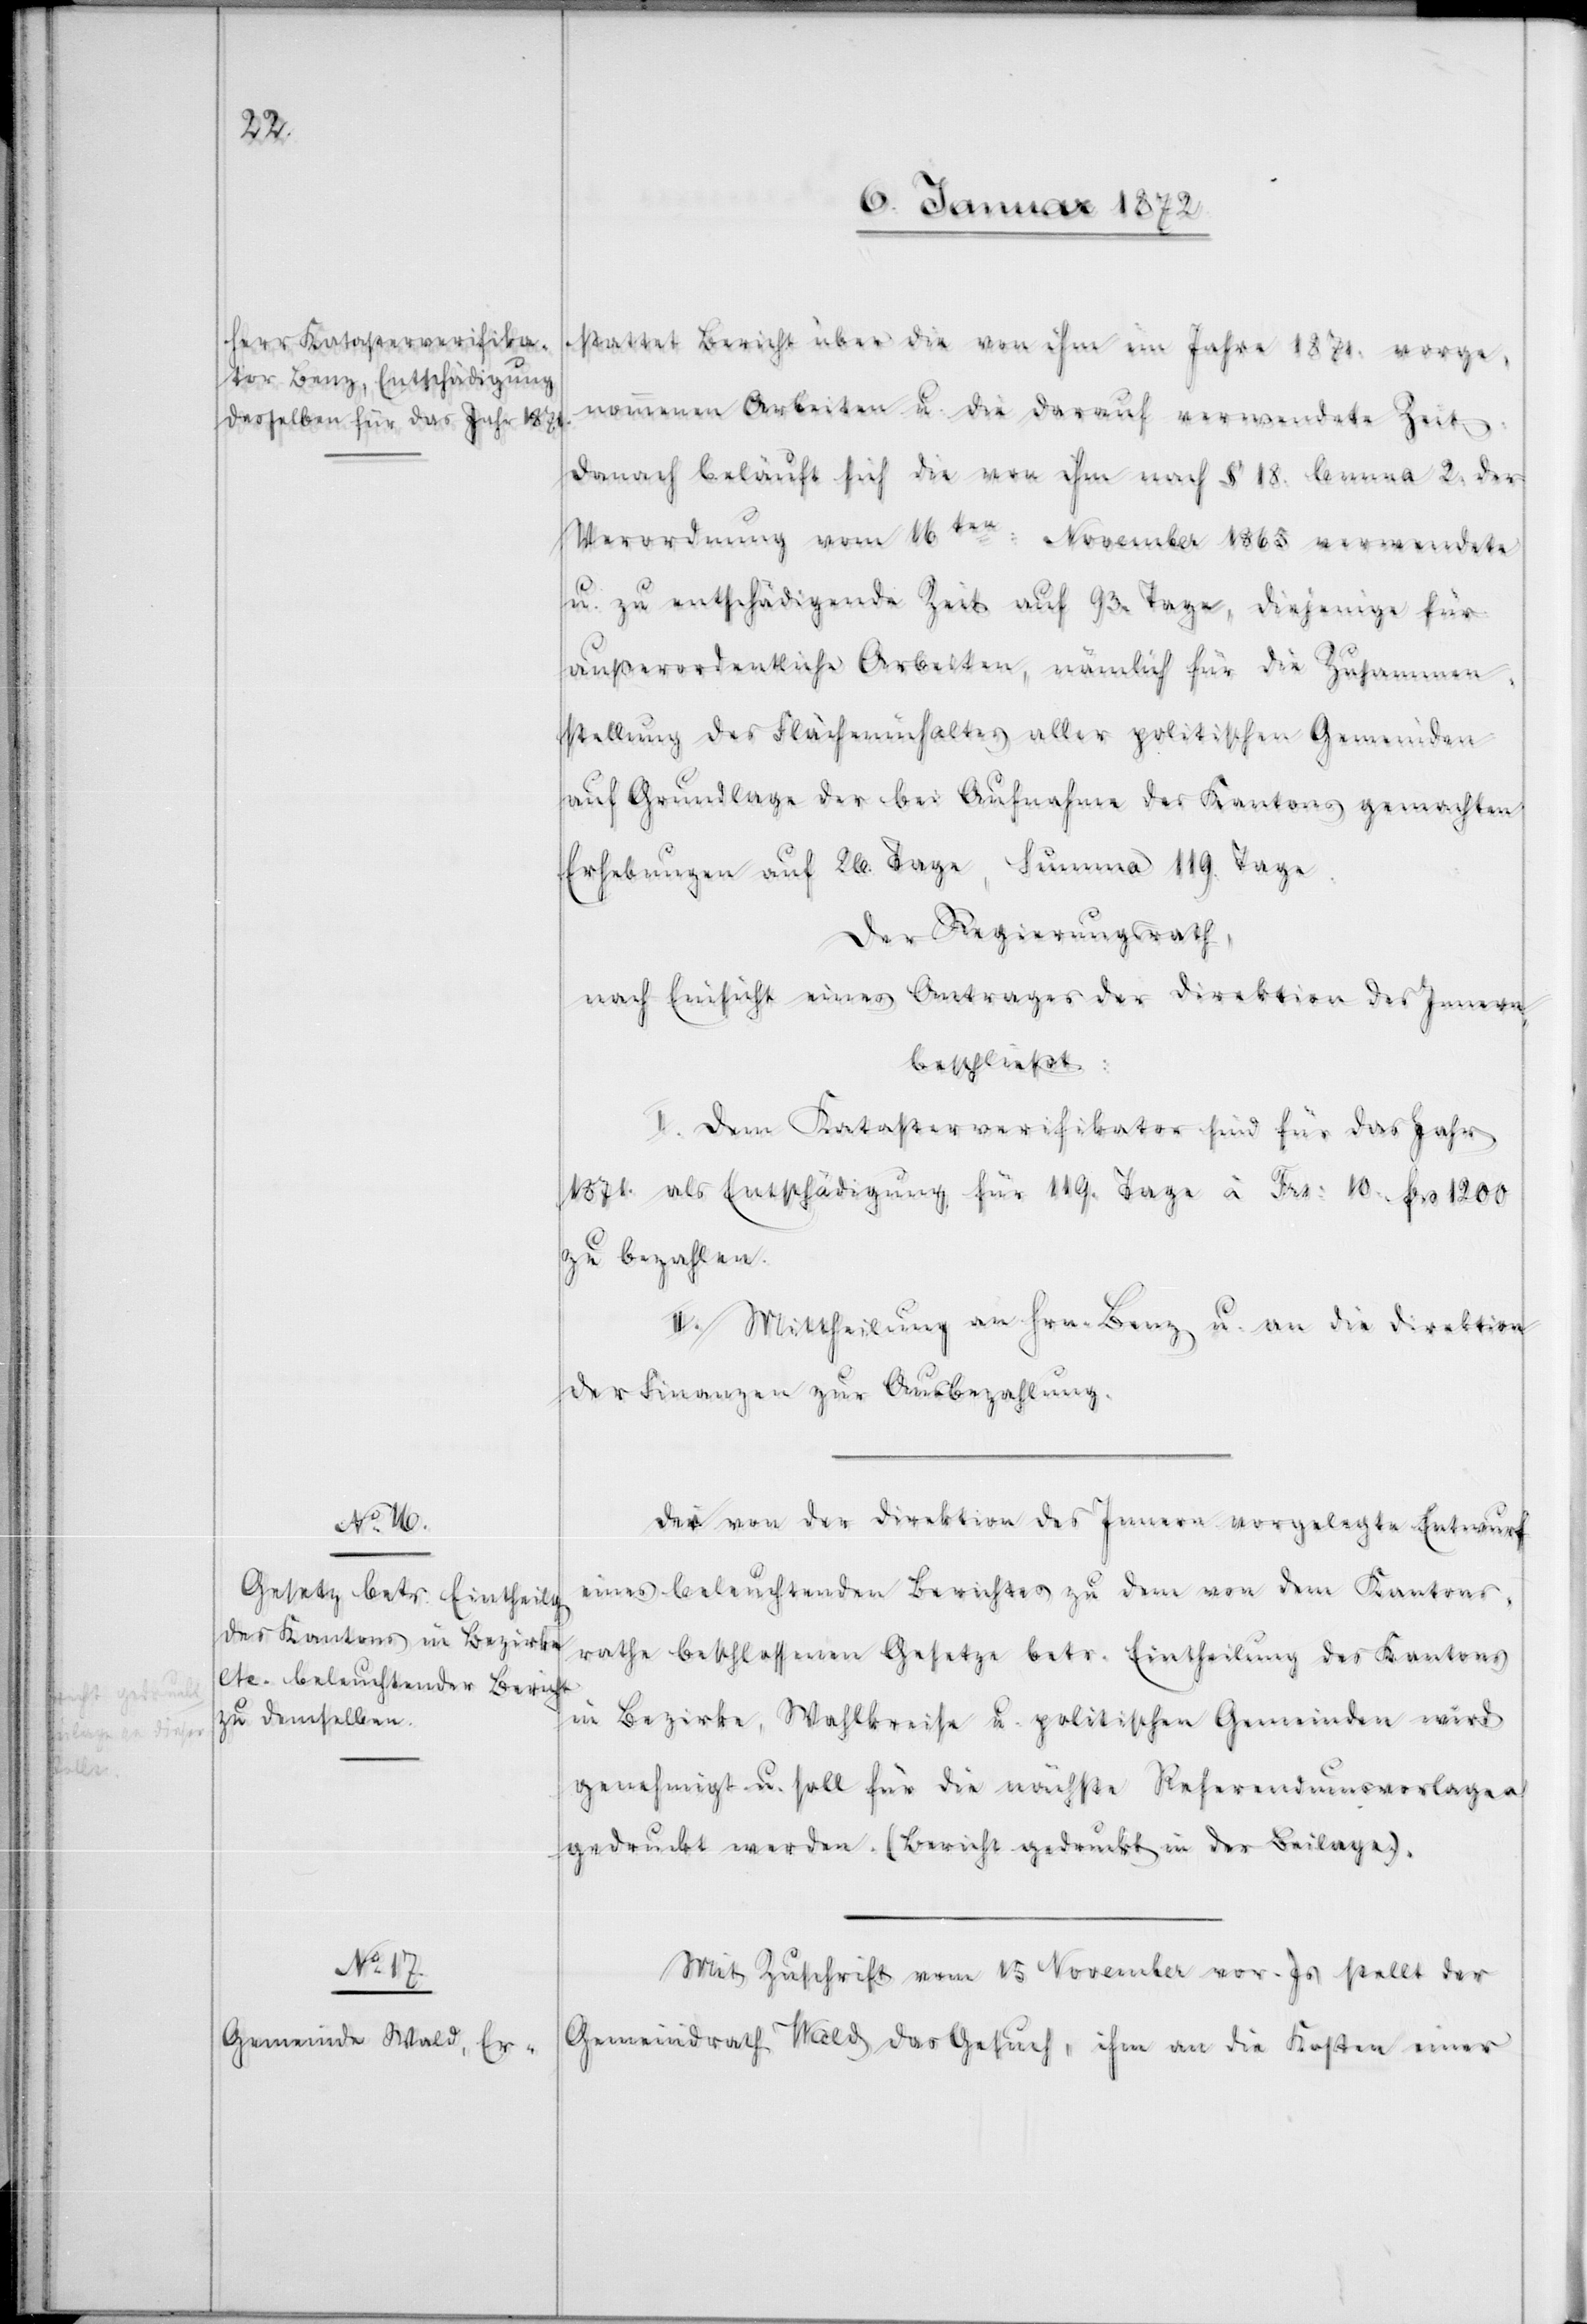
stattet Bericht über die von ihm im Jahre 1871. vorge¬
nommenen Arbeiten u. die darauf verwendete Zeit.
Danach beläuft sich die von ihm nach § 18. lemma 2. der
Verordnung vom 16ten November 1865 verwendete
u. zu entschädigende Zeit auf 93. Tage, diejenige für
außerordentliche Arbeiten, nämlich für die Zusammen¬
stellung des Flächeninhaltes aller politischen Gemeinden
auf Grundlage der bei Aufnahme des Kantons gemachten
Erfahrungen auf 26. Tage, Summa 119. Tage.
Der Regierungsrath,
nach Einsicht eines Antrages der Direktion des Innern,
beschließt:
I. Dem Katasterverifikator sind für das Jahr
1871. als Entschädigung für 119. Tage à Frs: 10. frs 1200
zu bezahlen.
II. Mittheilung an Hrn. Benz u. an die Direktion
der Finanzen zur Ausbezahlung.
Der von der Direktion des Innern vorgelegte Entwurf
eines beleuchtenden Berichtes zu dem vom dem Kantons¬
rathe beschlossenen Gesetze betr. Eintheilung des Kantons
in Bezirke, Wahlkreise u. politischen Gemeinden wird
genehmigt u. soll für die nächste Referendumsvorlagen
gedruckt werden. (Bericht gedruckt in der Beilage).
Mit Zuschrift vom 15 November vor. Js stellt der
Gemeindrath Wald das Gesuch, ihm an die Kosten einer